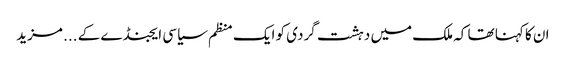
ان کا کہنا تھا کہ ملک میں دہشت گردی کو ایک منظم سیاسی ایجنڈے کے ... مزید